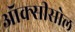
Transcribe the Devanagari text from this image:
ऑक्सीसोल